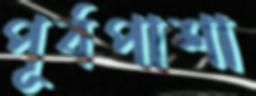
পূর্বপাশা